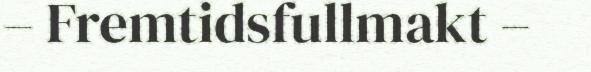
– Fremtidsfullmakt –